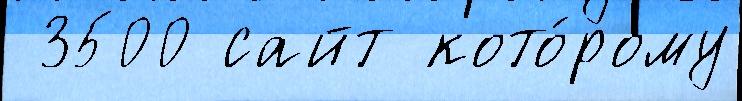
 3500 сайт кото́рому